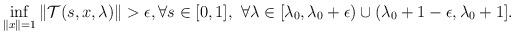
LaTeX: \begin{align*}\inf_{\|x\|=1} \|\mathcal T(s,x,\lambda) \| >\epsilon, \forall s\in [0,1], \ \forall \lambda \in [\lambda_0,\lambda_0+\epsilon)\cup (\lambda_0+1-\epsilon, \lambda_0+1].\end{align*}